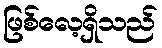
ဖြစ်လေ့ရှိသည်